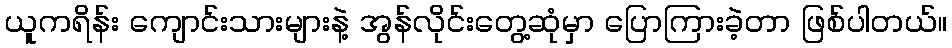
ယူကရိန်း ကျောင်းသားများနဲ့ အွန်လိုင်းတွေ့ဆုံမှာ ပြောကြားခဲ့တာ ဖြစ်ပါတယ်။